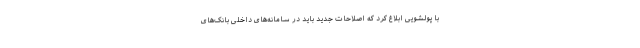
با پولشویی ابلاغ کرد که اصلاحات جدید باید در سامانه‌های داخلی بانک‌های